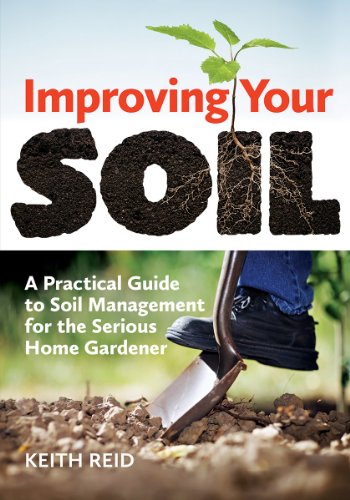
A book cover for Improving Your Soil: A Practical Guide to Soil Management for the Serious Home Gardener; Keith Reid; Crafts, Hobbies & Home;